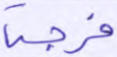
فرجة